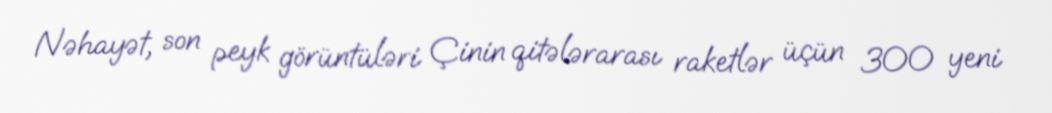
Nəhayət, son peyk görüntüləri Çinin qitələrarası raketlər üçün 300 yeni